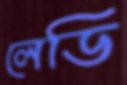
লেডি